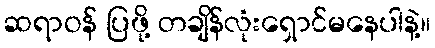
ဆရာဝန် ပြဖို့ တချိန်လုံးရှောင်မနေပါနဲ့။